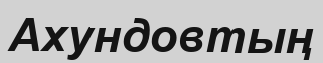
Ахундовтың